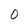
Character: 0